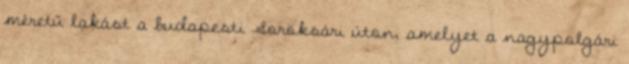
méretű lakást a budapesti Soroksári úton, amelyet a nagypolgári